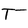
Character: T